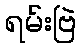
ရမ်းဗြဲ